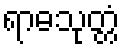
ရာဓသုတ္တံ